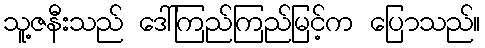
သူ့ဇနီးသည် ဒေါ်ကြည်ကြည်မြင့်က ပြောသည်။